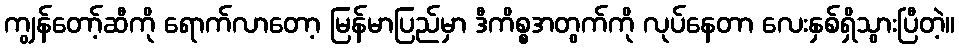
ကျွန်တော့်ဆီကို ရောက်လာတော့ မြန်မာပြည်မှာ ဒီကိစ္စအတွက်ကို လုပ်နေတာ လေးနှစ်ရှိသွားပြီတဲ့။